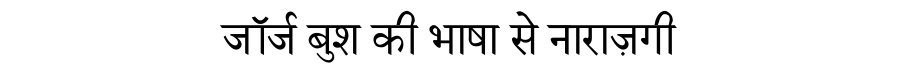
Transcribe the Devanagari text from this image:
जॉर्ज बुश की भाषा से नाराज़गी